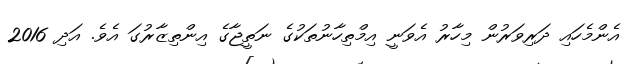
އެންމެހައި ދަރިވަރުން މިހާރު އެވަނީ އިމްތިހާނުތަކުގެ ނަތީޖާގެ އިންތިޒާރުގަ އެވެ. އަދި 2016